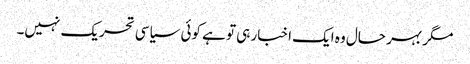
مگر بہر حال وہ ایک اخبار ہی تو ہے کوئی سیاسی تحریک نہیں۔